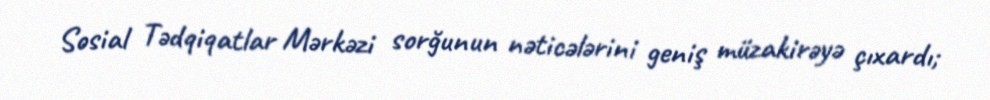
Sosial Tədqiqatlar Mərkəzi sorğunun nəticələrini geniş müzakirəyə çıxardı;